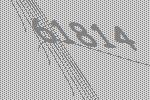
61814